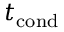
t _ { \mathrm { c o n d } }